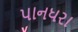
પાનધરા